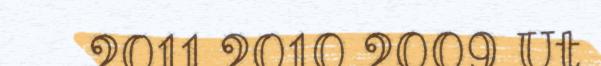
2011 2010 2009 Ut